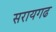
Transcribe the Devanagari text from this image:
सरायगढ